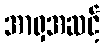
အာရှအဆင့်